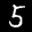
Label: 5